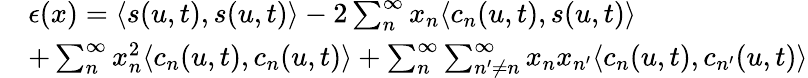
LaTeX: \begin{array}{rl}&{\epsilon(x)=\langle s(u,t),s(u,t)\rangle-2\sum_{n}^{\infty}x_{n}\langle c_{n}(u,t),s(u,t)\rangle}\\ &{+\sum_{n}^{\infty}x_{n}^{2}\langle c_{n}(u,t),c_{n}(u,t)\rangle+\sum_{n}^{\infty}\sum_{n^{\prime}\neq n}^{\infty}x_{n}x_{n^{\prime}}\langle c_{n}(u,t),c_{n^{\prime}}(u,t)\rangle}\end{array}